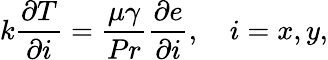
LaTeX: k\frac{\partial T}{\partial i}=\frac{\mu\gamma}{Pr}\frac{\partial e}{\partial i},\quad i=x,y,